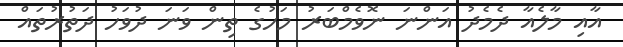
އާއި މާލެއާ ދެމެދު އަންނަ ނޮވެމްބަރު މަހުގެ ތިން ވަނަ ދުވަހު ދަތުރުތައް